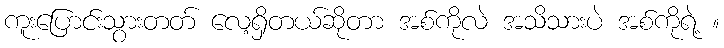
ကူးပြောင်းသွားတတ် လေ့ရှိတယ်ဆိုတာ အစ်ကိုလဲ အသိသားပဲ အစ်ကိုရဲ့ ။